Annual administration report of the Civil Veterinary Department, Ajmere-Merwara, British Rajputana - 1914-1940
Year: 1914
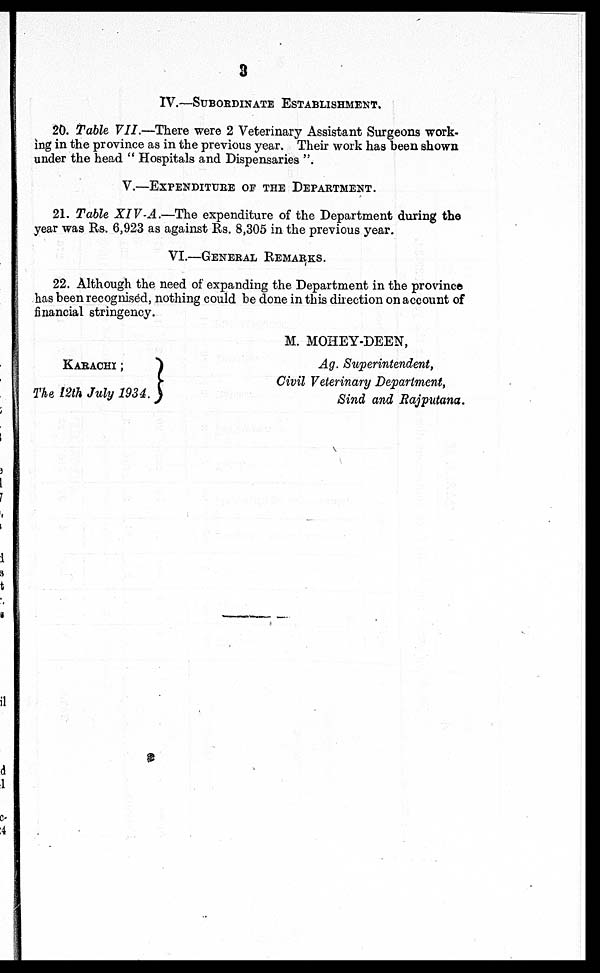
3
IV.—SUBORDINATE ESTABLISHMENT.
20. Table VII.—There were 2 Veterinary Assistant Surgeons work-
ing in the province as in the previous year. Their work has been shown
under the head "Hospitals and Dispensaries".
V.—EXPENDITURE OF THE DEPARTMENT.
21. Table XIV-A.—The expenditure of the Department during the
year was Rs. 6,923 as against Rs. 8,305 in the previous year.
VI.—GENERAL REMARKS.
22. Although the need of expanding the Department in the province
has been recognised, nothing could be done in this direction on account of
financial stringency.
KARACHI;
The 12th July 1934. )
M. MOHEY-DEEN,
Ag. Superintendent,
Civil Veterinary Department,
Sind and Rajputana.